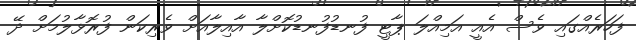
ފަހަރެއްގައި ވެސް އެއީ އަމިއްލަ ޕާޓީ ފުނޑުފުނޑުކޮށްލާ އާއިލާއަށް ވެރިކަން ފުރޮޅާލުމަށް ދޭ